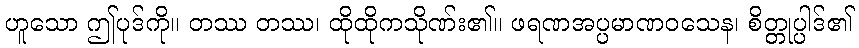
ဟူသော ဤပုဒ်ကို။ တဿ တဿ၊ ထိုထိုကသိုဏ်း၏။ ဖရဏအပ္ပမာဏဝသေန၊ စိတ္တုပ္ပါဒ်၏